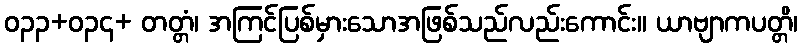
ဝ၃၃+၀၃၄+ တတ္တံ၊ အကြင်ပြစ်မှားသောအဖြစ်သည်လည်းကောင်း။ ယာဗျာကပတ္တိ၊